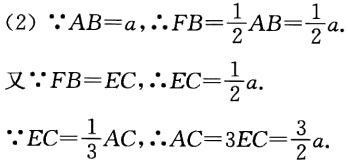
(2) $\because AB = a, \therefore FB=\frac{1}{2}AB=\frac{1}{2}a$.

又$\because FB = EC, \therefore EC=\frac{1}{2}a$.

$\because EC=\frac{1}{3}AC, \therefore AC = 3EC=\frac{3}{2}a$.